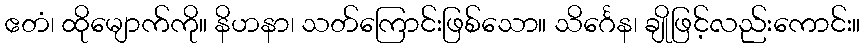
ဧတံ၊ ထိုမျောက်ကို။ နိဟနာ၊ သတ်ကြောင်းဖြစ်သော။ သိင်္ဂေန၊ ချိုဖြင့်လည်းကောင်း။